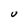
Character: U